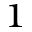
^ 1